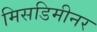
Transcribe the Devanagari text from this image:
मिसडिमीनर